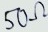
Text: 50Ω